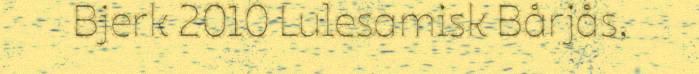
Bjerk 2010 Lulesamisk Bårjås,